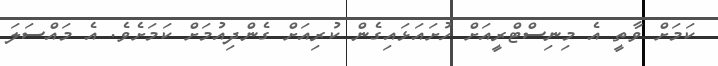
ކަމަށް ވާތީ އެ މިނިސްޓްރީއަށް ހުށައަޅައިގެން ކުރިއަށް ގެންދިއުމަށް ކަމަށެވެ. އެ މައްސަލަ